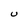
Character: U